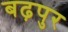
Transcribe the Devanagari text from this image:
बढ़पुर